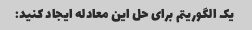
یک الگوریتم برای حل این معادله ایجاد کنید: